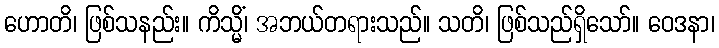
ဟောတိ၊ ဖြစ်သနည်း။ ကိသ္မိံ၊ အဘယ်တရားသည်။ သတိ၊ ဖြစ်သည်ရှိသော်။ ဝေဒနာ၊